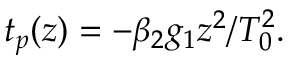
t _ { p } ( z ) = - \beta _ { 2 } g _ { 1 } z ^ { 2 } / T _ { 0 } ^ { 2 } .